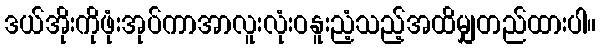
ဒယ်အိုးကိုဖုံးအုပ်ကာအာလူးလုံးဝနူးညံ့သည့်အထိမျှတည်ထားပါ။